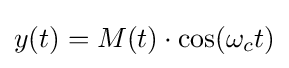
y(t)=M(t)\cdot \cos(\omega _{c}t)